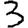
Digit: 3